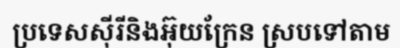
ប្រទេសស៊ីរីនិងអ៊ុយក្រែន ស្របទៅតាម